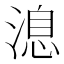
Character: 㴧